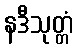
နဒီသုတ္တံ